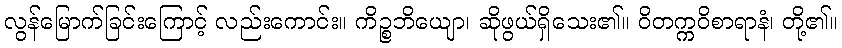
လွန်မြောက်ခြင်းကြောင့် လည်းကောင်း။ ကိဉ္စဘိယျော၊ ဆိုဖွယ်ရှိသေး၏။ ဝိတက္ကဝိစာရာနံ၊ တို့၏။